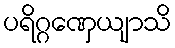
ပရိဂ္ဂဏှေယျာသိ